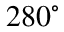
2 8 0 ^ { \circ }